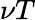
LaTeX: \nu T